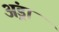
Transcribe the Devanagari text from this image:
अंड्रा